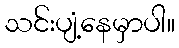
သင်းပျံ့နေမှာပါ။